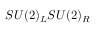
S U ( 2 ) _ { L } S U ( 2 ) _ { R }